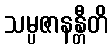
သမ္ပဇာနန္တီတိ